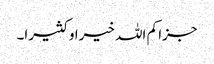
جزا کم اللہ خیرا و کثیرا۔